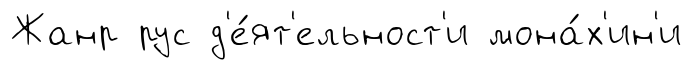
Жанр рус д'е́ят'ельност'и мона́х'ин'и